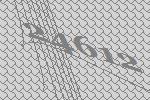
24612